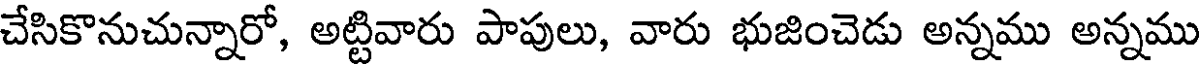
చేసికొనుచున్నారో, అట్టివారు పాపులు, వారు భుజించెడు అన్నము అన్నము